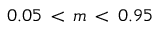
0 . 0 5 \, < \, m \, < \, 0 . 9 5